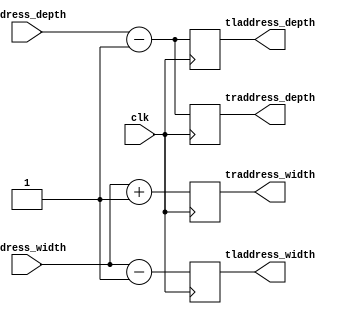
module kernel_tlroperator (
        input address_width,
        input address_depth,
        input clk,	
	output tladdress_width,
	output tladdress_depth,
	output traddress_width,
	output traddress_depth
);
	always @(posedge clk) begin

		tladdress_width <= address_width - 1;
		tladdress_depth <= address_depth - 1;
		traddress_width <= address_width + 1;
		traddress_depth <= address_depth - 1;
	end 
	endmodule